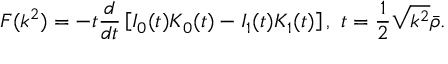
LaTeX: F ( k ^ { 2 } ) = - t \frac { d } { d t } \left[ I _ { 0 } ( t ) K _ { 0 } ( t ) - I _ { 1 } ( t ) K _ { 1 } ( t ) \right] , \, \, t = \frac { 1 } { 2 } \sqrt { k ^ { 2 } } \bar { \rho } .